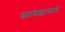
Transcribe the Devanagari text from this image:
कायद्याकडे